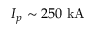
I _ { p } \sim 2 5 0 ~ \mathrm { k A }